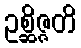
ဥစ္ဆိဇ္ဇတိ